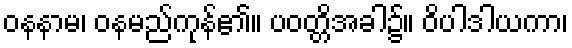
ဝနနာမ၊ ဝနမည်ကုန်၏။ ပဝတ္တိအခါ၌။ ဝိပါဒါယကာ၊